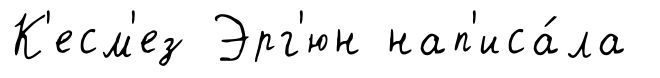
К'есм'ез Эрг'юн нап'иса́ла